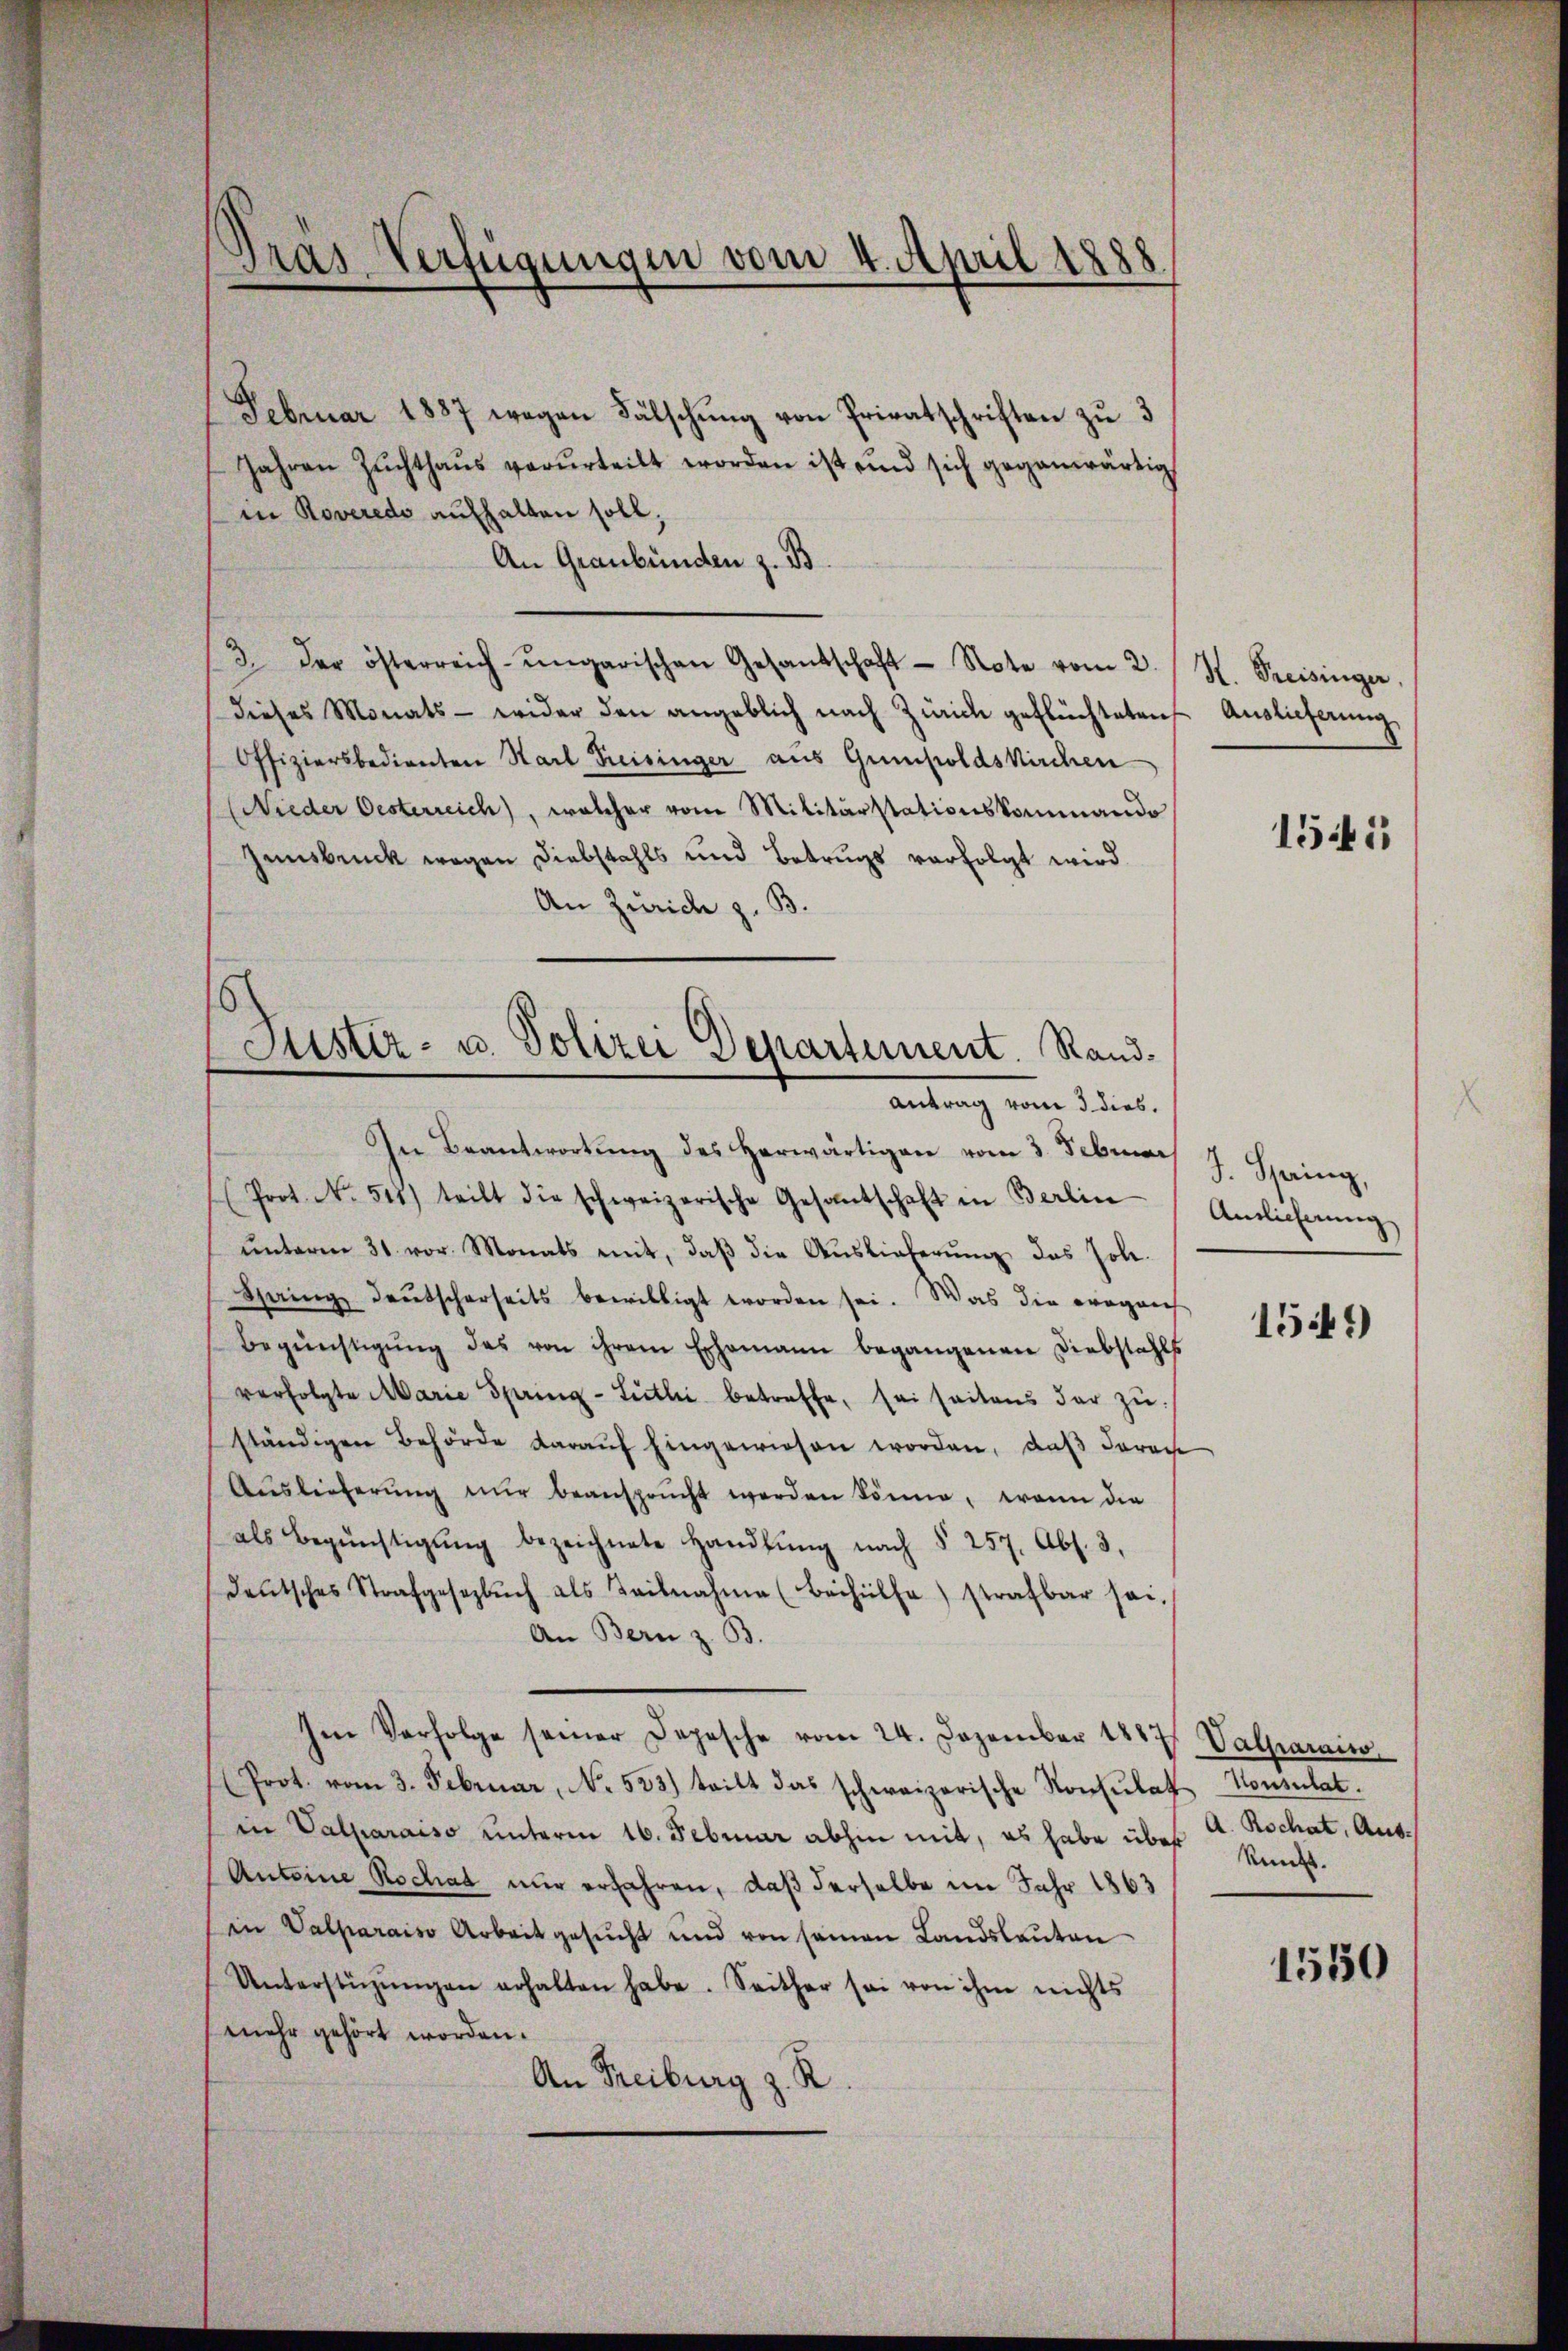
Tras Verfügungen vom 4. April 1888

Februar 1887 wegen Fälschung von Privatschriften zu 3
Jahren Zŭchthaŭs verurteilt worden ist und sich gegenwärtig
in Roveredo aufhalten soll;
An Graubünden z. B.
3. der österreich-ungarischen Gesandschaft Note vom 2.
dieses Monats - wider den angeblich nach Zürich geflüchteten Auslieferung
Offiziersbedienten Karl Preisinger aus Gumpoldskirchen
Nieder Oesterreich, welcher vom Militärstationskommando
Innsbruck wegen Diebstahls und Betrugs verfolgt wird.
An Zürich z. B.
In Beantwortung des herwärtigen vom 3. Februar
Prot. No. 511.) teilt die schweizerische Gesantschaft in Berlin
ŭnterm 31. vor. Monats mit, daβ die Aŭslieferŭng das Joh.
Spaing Deutscherheits bewilligt worden sei. Was die eroganch
Begünstigŭng des von ihrem Ehemann begangenen Diebstahls
verfolgte Marie Spring-Sietli betreffe, sei seitens der zu
ständigen Behörde daraŭf Eingewiesen worden, daß darau
Aŭslieferŭng nŭr beansprŭcht werden könne, wenn die
als Begünstigŭng bezeichnete Handlŭng nach § 257. Abs. 3.
deŭtsches Strafgesezbŭch als Teilnahme (Beihülfe strafbar sei.
An Bern z. B.
Im Verfolge seiner Depesche vom 24. Dezember 1847 Valparais
(Prot. vom 3. Februar, No. 523) teilt das schweizerische Konsulat Konsulat.
in Valparaiso unterm 16. Februar abhin mit, es habe über kunft.
Antoine Rochat nur erfahren, daß derselbe im Jahr 1863
in Valparaiso Arbeit gesucht und von seinen Landslauten
Unterstüzŭngen erhalten habe. Seither sei von ihm nichts
mehr gehört worden.
An Freiburg z. R.

s
Justiz- u. Polizei Departement. Rand¬
Antrag vom 3. dies.

A. Freisinger.

1541

J. Spring,
Anslicherung

1549

A. Rochat, Aus¬

1550